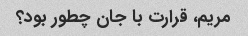
مریم، قرارت با جان چطور بود؟